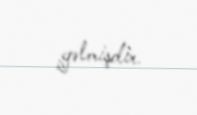
gəlmişdir.